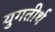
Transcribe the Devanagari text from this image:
युगतीर्थ